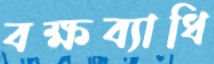
বক্ষব্যাধি